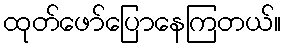
ထုတ်ဖော်ပြောနေကြတယ်။